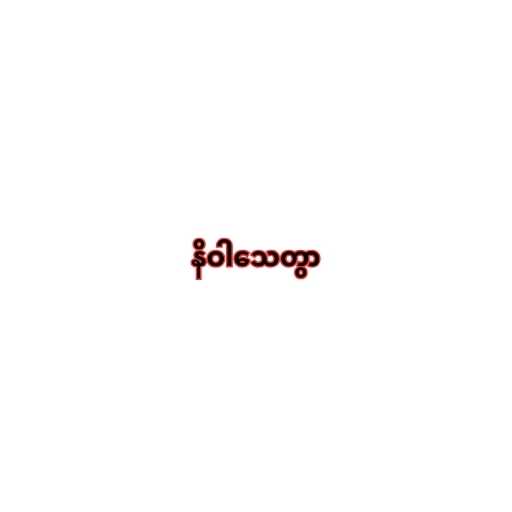
နိဝါသေတွာ